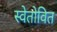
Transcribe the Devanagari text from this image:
स्वेतोवित